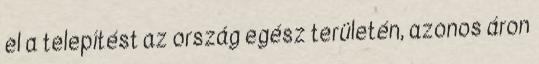
el a telepítést az ország egész területén, azonos áron